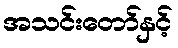
အသင်းတော်နှင့်